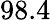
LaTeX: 98.4